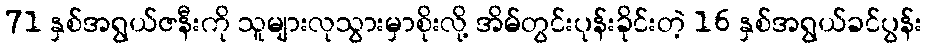
71 နှစ်အရွယ်ဇနီးကို သူများလုသွားမှာစိုးလို့ အိမ်တွင်းပုန်းခိုင်းတဲ့ 16 နှစ်အရွယ်ခင်ပွန်း